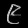
Digit: ၉